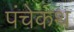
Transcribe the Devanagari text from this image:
पंचेकंथ